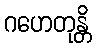
ဂဟေတုန္တိ